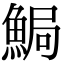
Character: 𩷐